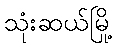
သုံးဆယ်မြို့